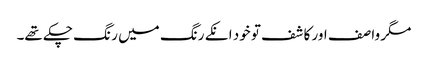
مگر وا صف اور کا شف تو خود انکے رنگ میں ر نگ چکے تھے۔